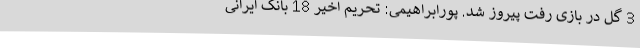
3 گل در بازی رفت پیروز شد. پورابراهیمی: تحریم اخیر 18 بانک ایرانی